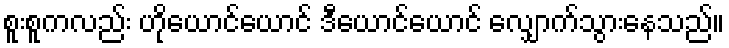
စူးစူကလည်း ဟိုယောင်ယောင် ဒီယောင်ယောင် လျှောက်သွားနေသည်။